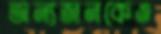
অন্যজনকেও